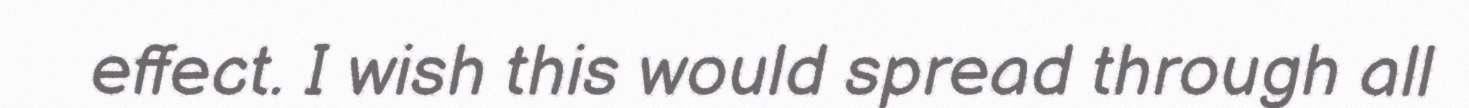
effect. I wish this would spread through all